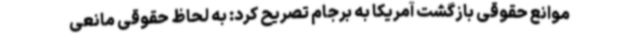
موانع حقوقی بازگشت آمریکا به برجام تصریح کرد: به لحاظ حقوقی مانعی